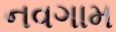
નવગામ